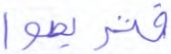
فتربصوا